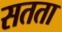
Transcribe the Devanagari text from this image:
सतता